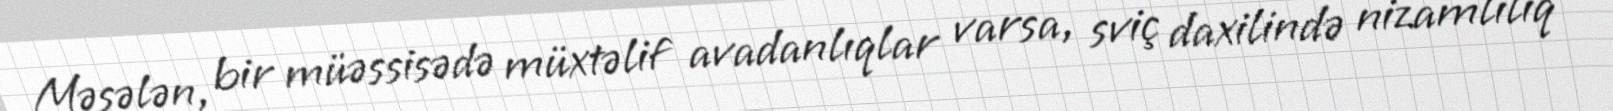
Məsələn, bir müəssisədə müxtəlif avadanlıqlar varsa, sviç daxilində nizamlılıq